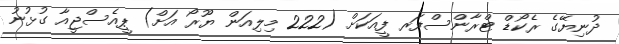
ދުނިޔޭގެ ރެކޯޑް ޓްރާންސްފަރ ފީއަކަށް (222 މިލިއަން ޔޫރޯ އަށް) ޕީއެސްޖީއާ ގުޅުނު